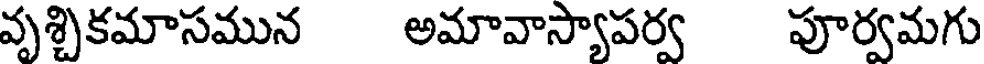
వృశ్చికమాసమున అమావాస్యాపర్వ పూర్వమగు